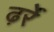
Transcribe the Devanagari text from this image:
ढ़र्रे